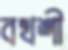
বখশী